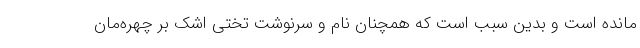
مانده است و بدین سبب است که همچنان نام و سرنوشت تختی اشک بر چهره‌مان